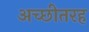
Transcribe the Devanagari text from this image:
अच्छीतरह